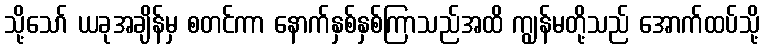
သို့သော် ယခုအချိန်မှ စတင်ကာ နောက်နှစ်နှစ်ကြာသည်အထိ ကျွန်မတို့သည် အောက်ထပ်သို့